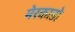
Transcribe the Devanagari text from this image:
मेरकाडो